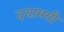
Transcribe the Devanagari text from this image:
दयामयी